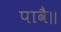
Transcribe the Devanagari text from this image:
पावै॥